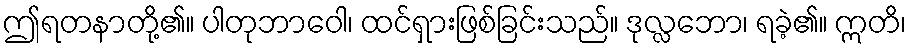
ဤရတနာတို့၏။ ပါတုဘာဝေါ၊ ထင်ရှားဖြစ်ခြင်းသည်။ ဒုလ္လဘော၊ ရခဲ့၏။ ဣတိ၊